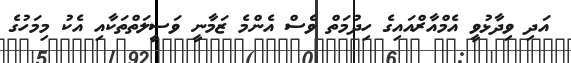
އަދި ވިދާޅުވީ އެމްއާރްއައިގެ ހިދުމަތް ވެސް އެންމެ ޒަމާނީ ވަސީލަތްތަކާއި އެކު މިމަހުގެ